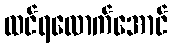
ထင်ရလောက်အောင်